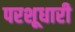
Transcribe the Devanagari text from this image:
परशूधारी